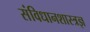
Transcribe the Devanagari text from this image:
संविधानशास्त्रज्ञ